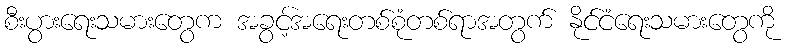
စီးပွားရေးသမားတွေက အခွင့်အရေးတစ်စုံတစ်ရာအတွက် နိုင်ငံရေးသမားတွေကို